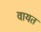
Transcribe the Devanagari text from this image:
वायत